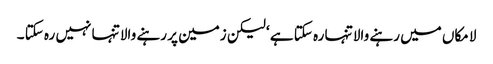
لا مکاں میں رہنے والا تنہا رہ سکتا ہے ‘ لیکن زمین پر رہنے والا تنہا نہیں رہ سکتا ۔